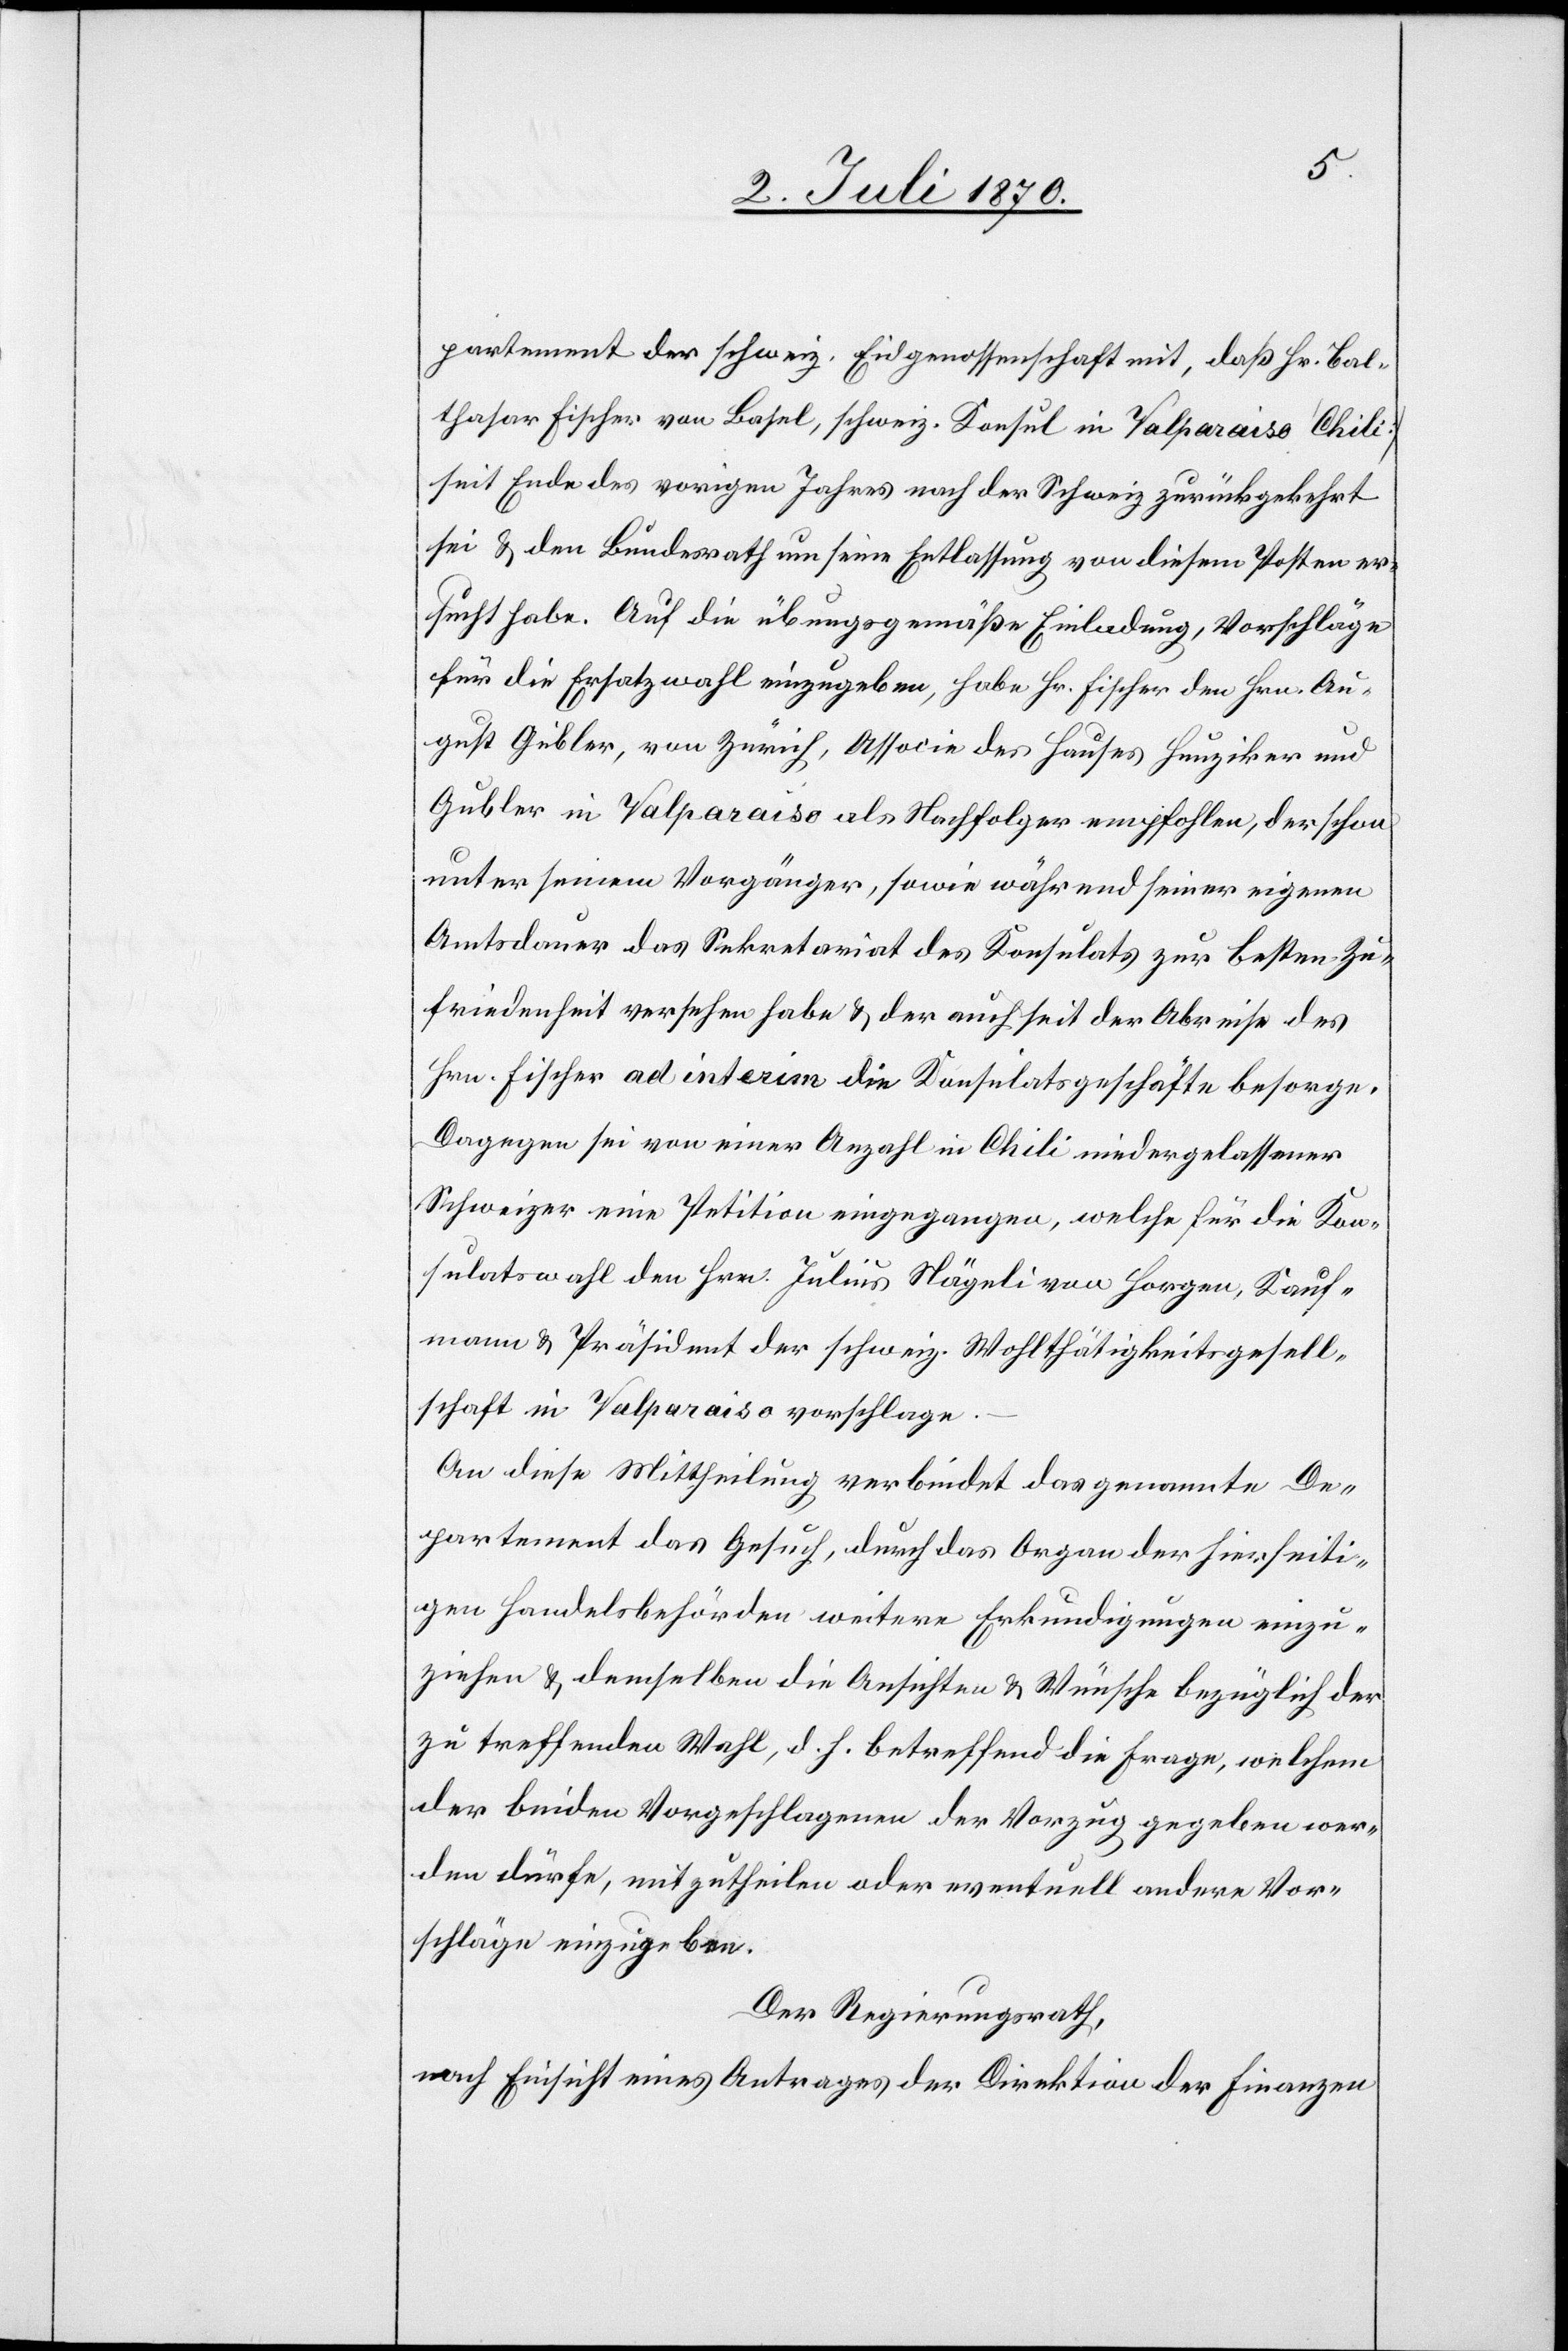
partement der schweiz. Eidgenossenschaft mit, daß Hr. Bal¬
thasar Fischer von Basel, schweiz. Konsul in Valparaiso [Chili]
seit Ende des vorigen Jahres nach der Schweiz zurückgekehrt
sei & den Bundesrath um seine Entlassung von diesem Posten er¬
sucht habe. Auf die übungsgemäße Einladung, Vorschläge
für die Ersatzwahl einzugeben, habe Hr. Fischer den Hrn. Au¬
gust Gubler, von Zürich, Associe des Hauses Hunziker und
Gubler in Valparaiso als Nachfolger empfohlen, der schon
unter seinem Vorgänger, sowie während seiner eigenen
Amtsdauer das Sekretariat des Konsulats zur besten Zu¬
friedenheit versehen habe & der auch seit der Abreise des
Hrn. Fischer ad interim die Konsulatsgeschäfte besorge.
Dagegen sei von einer Anzahl in Chili niedergelassener
Schweizer eine Petition eingegangen, welche für die Kon¬
sulatswahl den Hrn. Julius Nägeli von Horgen, Kauf¬
mann & Präsident der schweiz. Wohlthätigkeitsgesell¬
schaft in Valparaiso vorschlage.
An diese Mittheilung verbindet das genannte De¬
partement das Gesuch, durch das Organ der hierseiti¬
gen Handelsbehörden weitere Erkundigungen einzu¬
ziehen & demselben die Ansichten & Wünsche bezüglich der
zu treffenden Wahl, d. h. betreffend die Frage, welchem
der beiden Vorgeschlagenen der Vorzug gegeben wer¬
den dürfe, mitzutheilen oder eventuell andere Vor¬
schläge einzugeben.
Der Regierungsrath,
nach Einsicht eines Antrages der Direktion der Finanzen,